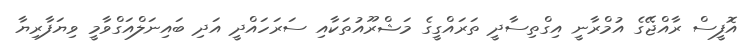
އޮފީސް ރާއްޖޭގެ އުމްރާނީ އިގްތިސާދީ ތަރައްގީގެ މަޝްރޫއުތަކާއި ސަރަހައްދީ އަދި ބައިނަލްއަގްވާމީ ވިޔަފާރިޔާ